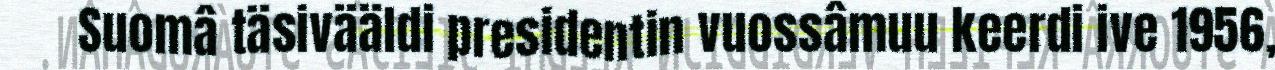
Suomâ täsivääldi presidentin vuossâmuu keerdi ive 1956,